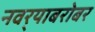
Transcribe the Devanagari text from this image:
नवर्‍याबरोबर